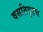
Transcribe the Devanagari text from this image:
वसतिगृहच